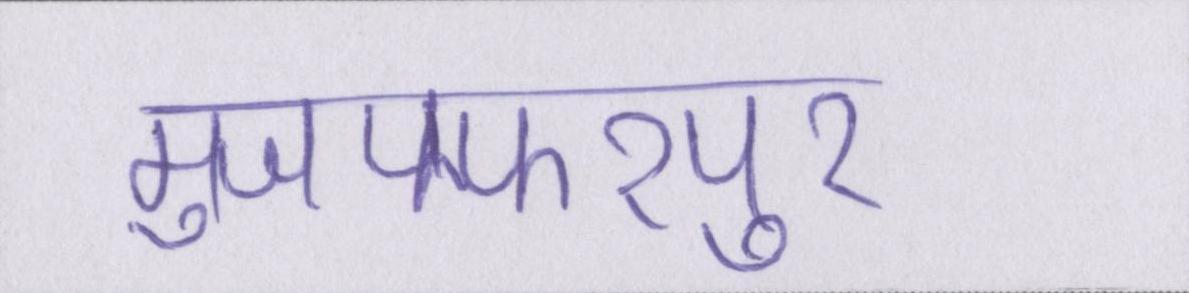
मुजफ्फरपुर